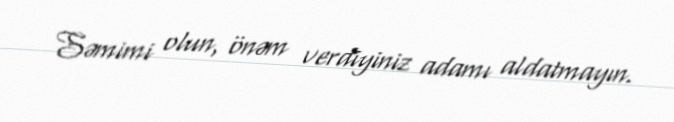
Səmimi olun, önəm verdiyiniz adamı aldatmayın.